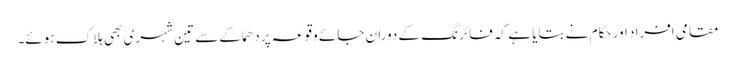
مقامی افراد اور حکام نے بتایا ہے کہ فائرنگ کے دوران جائے وقوعہ پر دھماکے سے تین شہری بھی ہلاک ہوئے۔